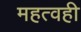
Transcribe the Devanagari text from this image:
महत्वही